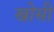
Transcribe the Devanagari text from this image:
खोसी